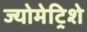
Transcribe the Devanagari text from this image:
ज्योमेट्रिशे